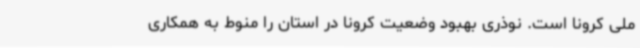
ملی کرونا است. نوذری بهبود وضعیت کرونا در استان را منوط به همکاری